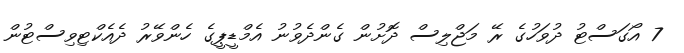
7 އޯގަސްޓު ދުވަހުގެ ރޭ މަޖްލިސް ދޮށުން ގެންދެވުނު އެމްޑީޕީގެ ހެންވޭރު ދެއެކްޓިވިސްޓުން